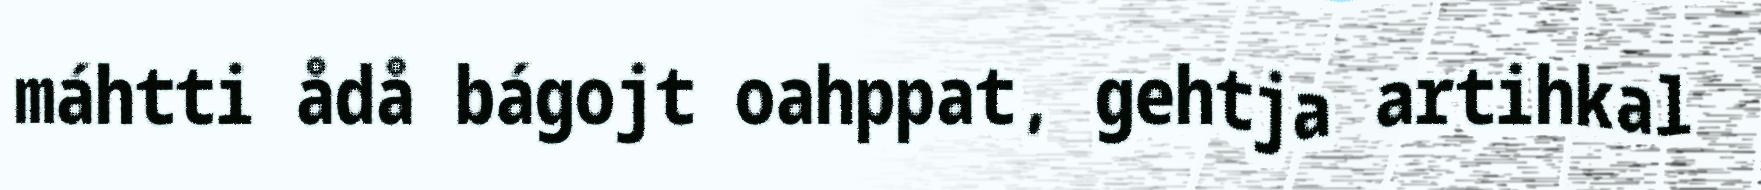
máhtti ådå bágojt oahppat, gehtja artihkal